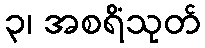
၃၊ အစရိံသုတ်